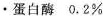
·蛋白酶0.2%